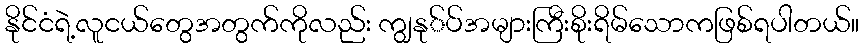
နိုင်ငံရဲ့လူငယ်တွေအတွက်ကိုလည်း ကျွနု်ပ်အများကြီးစိုးရိမ်သောကဖြစ်ရပါတယ်။